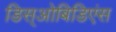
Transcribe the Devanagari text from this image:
डिस्‌ओबिडिएंस